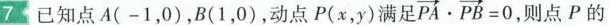
7 已知点 A(-1,0),B(1,0),动点P(x,y)满足 $$\overrightarrow { P A } \cdot \overrightarrow { P B } = 0$$ ,则点P的